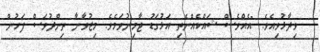
ވިދާޅުވިއެވެ. "އެއްވެސް ޝައްކެއްނެތި އަޅުގަޑު ޖާމިނުވަމެވެ. މިޒުވާނާ ތިންދުވަސް ފަހުން